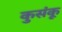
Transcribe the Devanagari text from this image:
कुसंकू